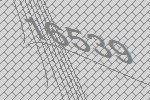
16539